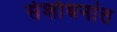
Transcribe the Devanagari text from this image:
संशोधनांत